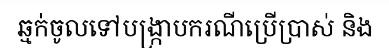
ឆ្មក់ចូលទៅបង្ក្រាបករណីប្រើប្រាស់ និង